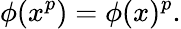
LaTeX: \phi(x^{p})=\phi(x)^{p}.